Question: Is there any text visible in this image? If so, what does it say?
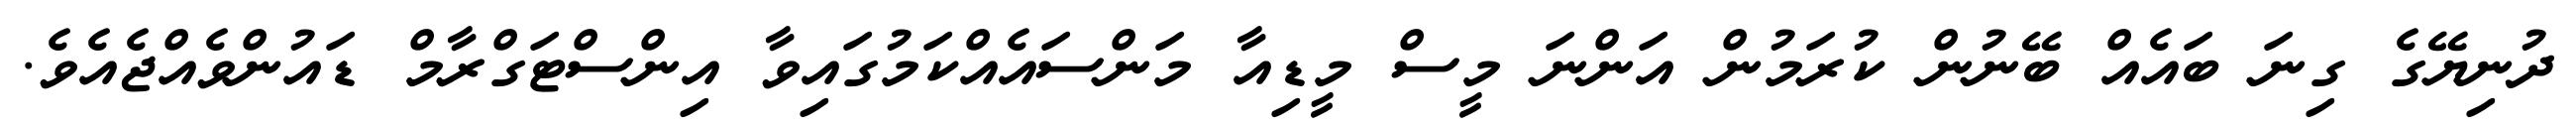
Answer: ދުނިޔޭގެ ގިނަ ބައެއް ބޭނުން ކުރަމުން އަންނަ މީސް މީޑިއާ މަންސައެއްކަމުގައިވާ އިންސްޓަގްރާމް ޑައުންވެއްޖެއެވެ.